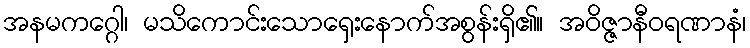
အနမကဂ္ဂေါ၊ မသိကောင်းသောရှေးနောက်အစွန်းရှိ၏။ အဝိဇ္ဇာနီဝရဏာနံ၊